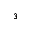
_ { 3 }